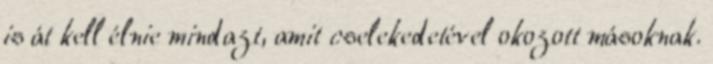
is át kell élnie mindazt, amit cselekedetével okozott másoknak.